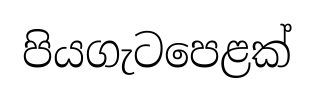
පියගැටපෙළක්